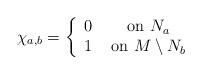
LaTeX: \begin{align*}\chi_{a,b}=\left\{ \begin{array}{cc}0 &\mbox{ on }N_{a}\\1 &\mbox{ on } M\setminus N_{b}\end{array} \right.\end{align*}